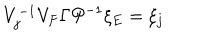
LaTeX: V _ { j } ^ { - 1 } V _ { F } \Gamma { \cal P } ^ { - 1 } \xi _ { E } = \xi _ { j }